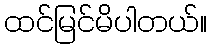
ထင်မြင်မိပါတယ်။